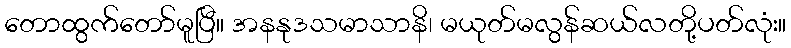
တောထွက်တော်မူပြီ။ အနနုဒသမာသာနိ၊ မယုတ်မလွန်ဆယ်လတို့ပတ်လုံး။